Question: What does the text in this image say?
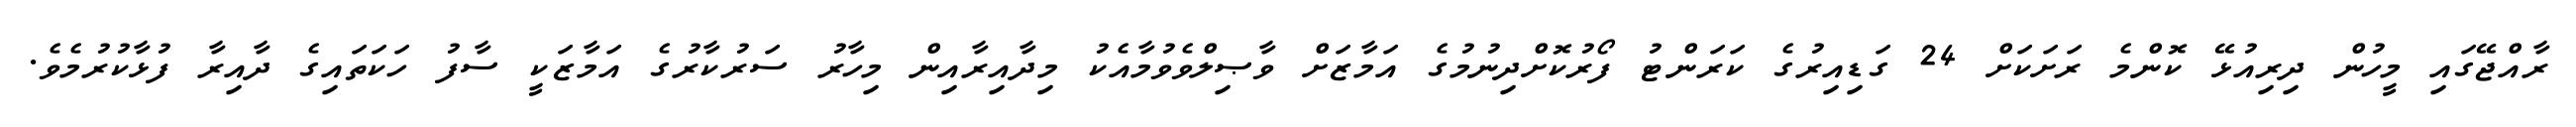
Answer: ރާއްޖޭގައި މީހުން ދިރިއުޅޭ ކޮންމެ ރަށަކަށް 24 ގަޑިއިރުގެ ކަރަންޓު ފޯރުކޮށްދިނުމުގެ އަމާޒަށް ވާޞިލްވެވުމާއެކު މިދާއިރާއިން މިހާރު ސަރުކާރުގެ އަމާޒަކީ ސާފު ހަކަތައިގެ ދާއިރާ ފުޅާކުރުމެވެ.